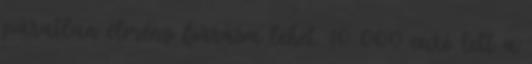
páratlan élmény forrása lehet. 10 000 euró lett a